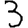
Digit: 3